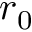
r _ { 0 }